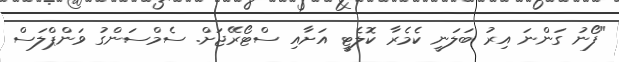
"ފޯނު ގަންނަ އިރު ބަލަނީ ކެމެރާ ކޮލެޓީ އަށާއި ސްޓޯރޭޖަށް. ސެމްސަންގު ވަންޕްލަސް